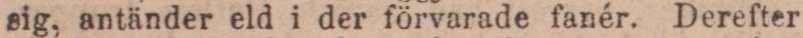
sig, antänder eld i der förvarade fanér. Derefter